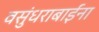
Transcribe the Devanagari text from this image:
वसुंधराबाईंना